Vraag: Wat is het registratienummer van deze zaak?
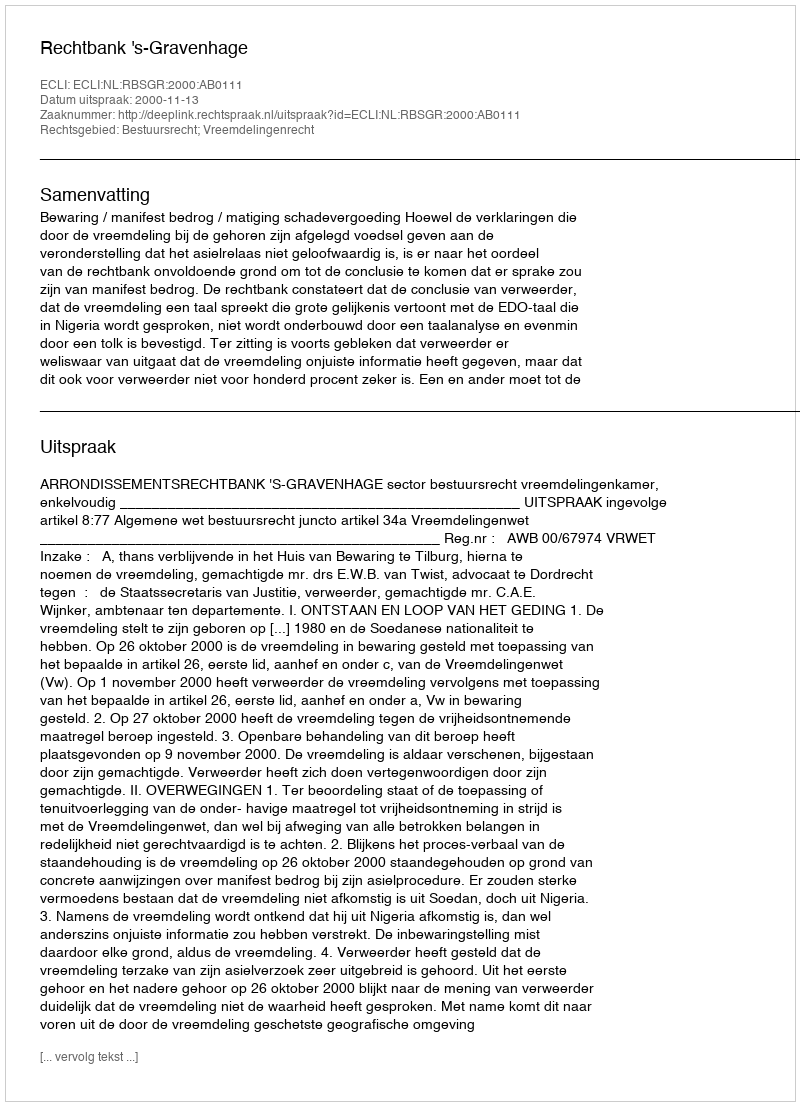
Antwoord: http://deeplink.rechtspraak.nl/uitspraak?id=ECLI:NL:RBSGR:2000:AB0111